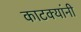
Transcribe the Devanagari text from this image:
काटक्यांनी